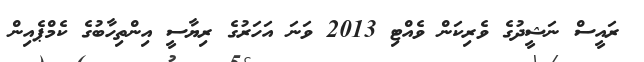
ރައީސް ނަޝީދުގެ ވެރިކަން ވެއްޓި 2013 ވަނަ އަހަރުގެ ރިޔާސީ އިންތިހާބުގެ ކެމްޕެއިން